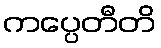
ကပ္ပေတီတိ